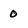
Character: 0